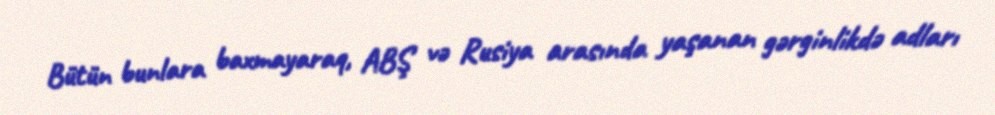
Bütün bunlara baxmayaraq, ABŞ və Rusiya arasında yaşanan gərginlikdə adları